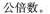
公倍数。